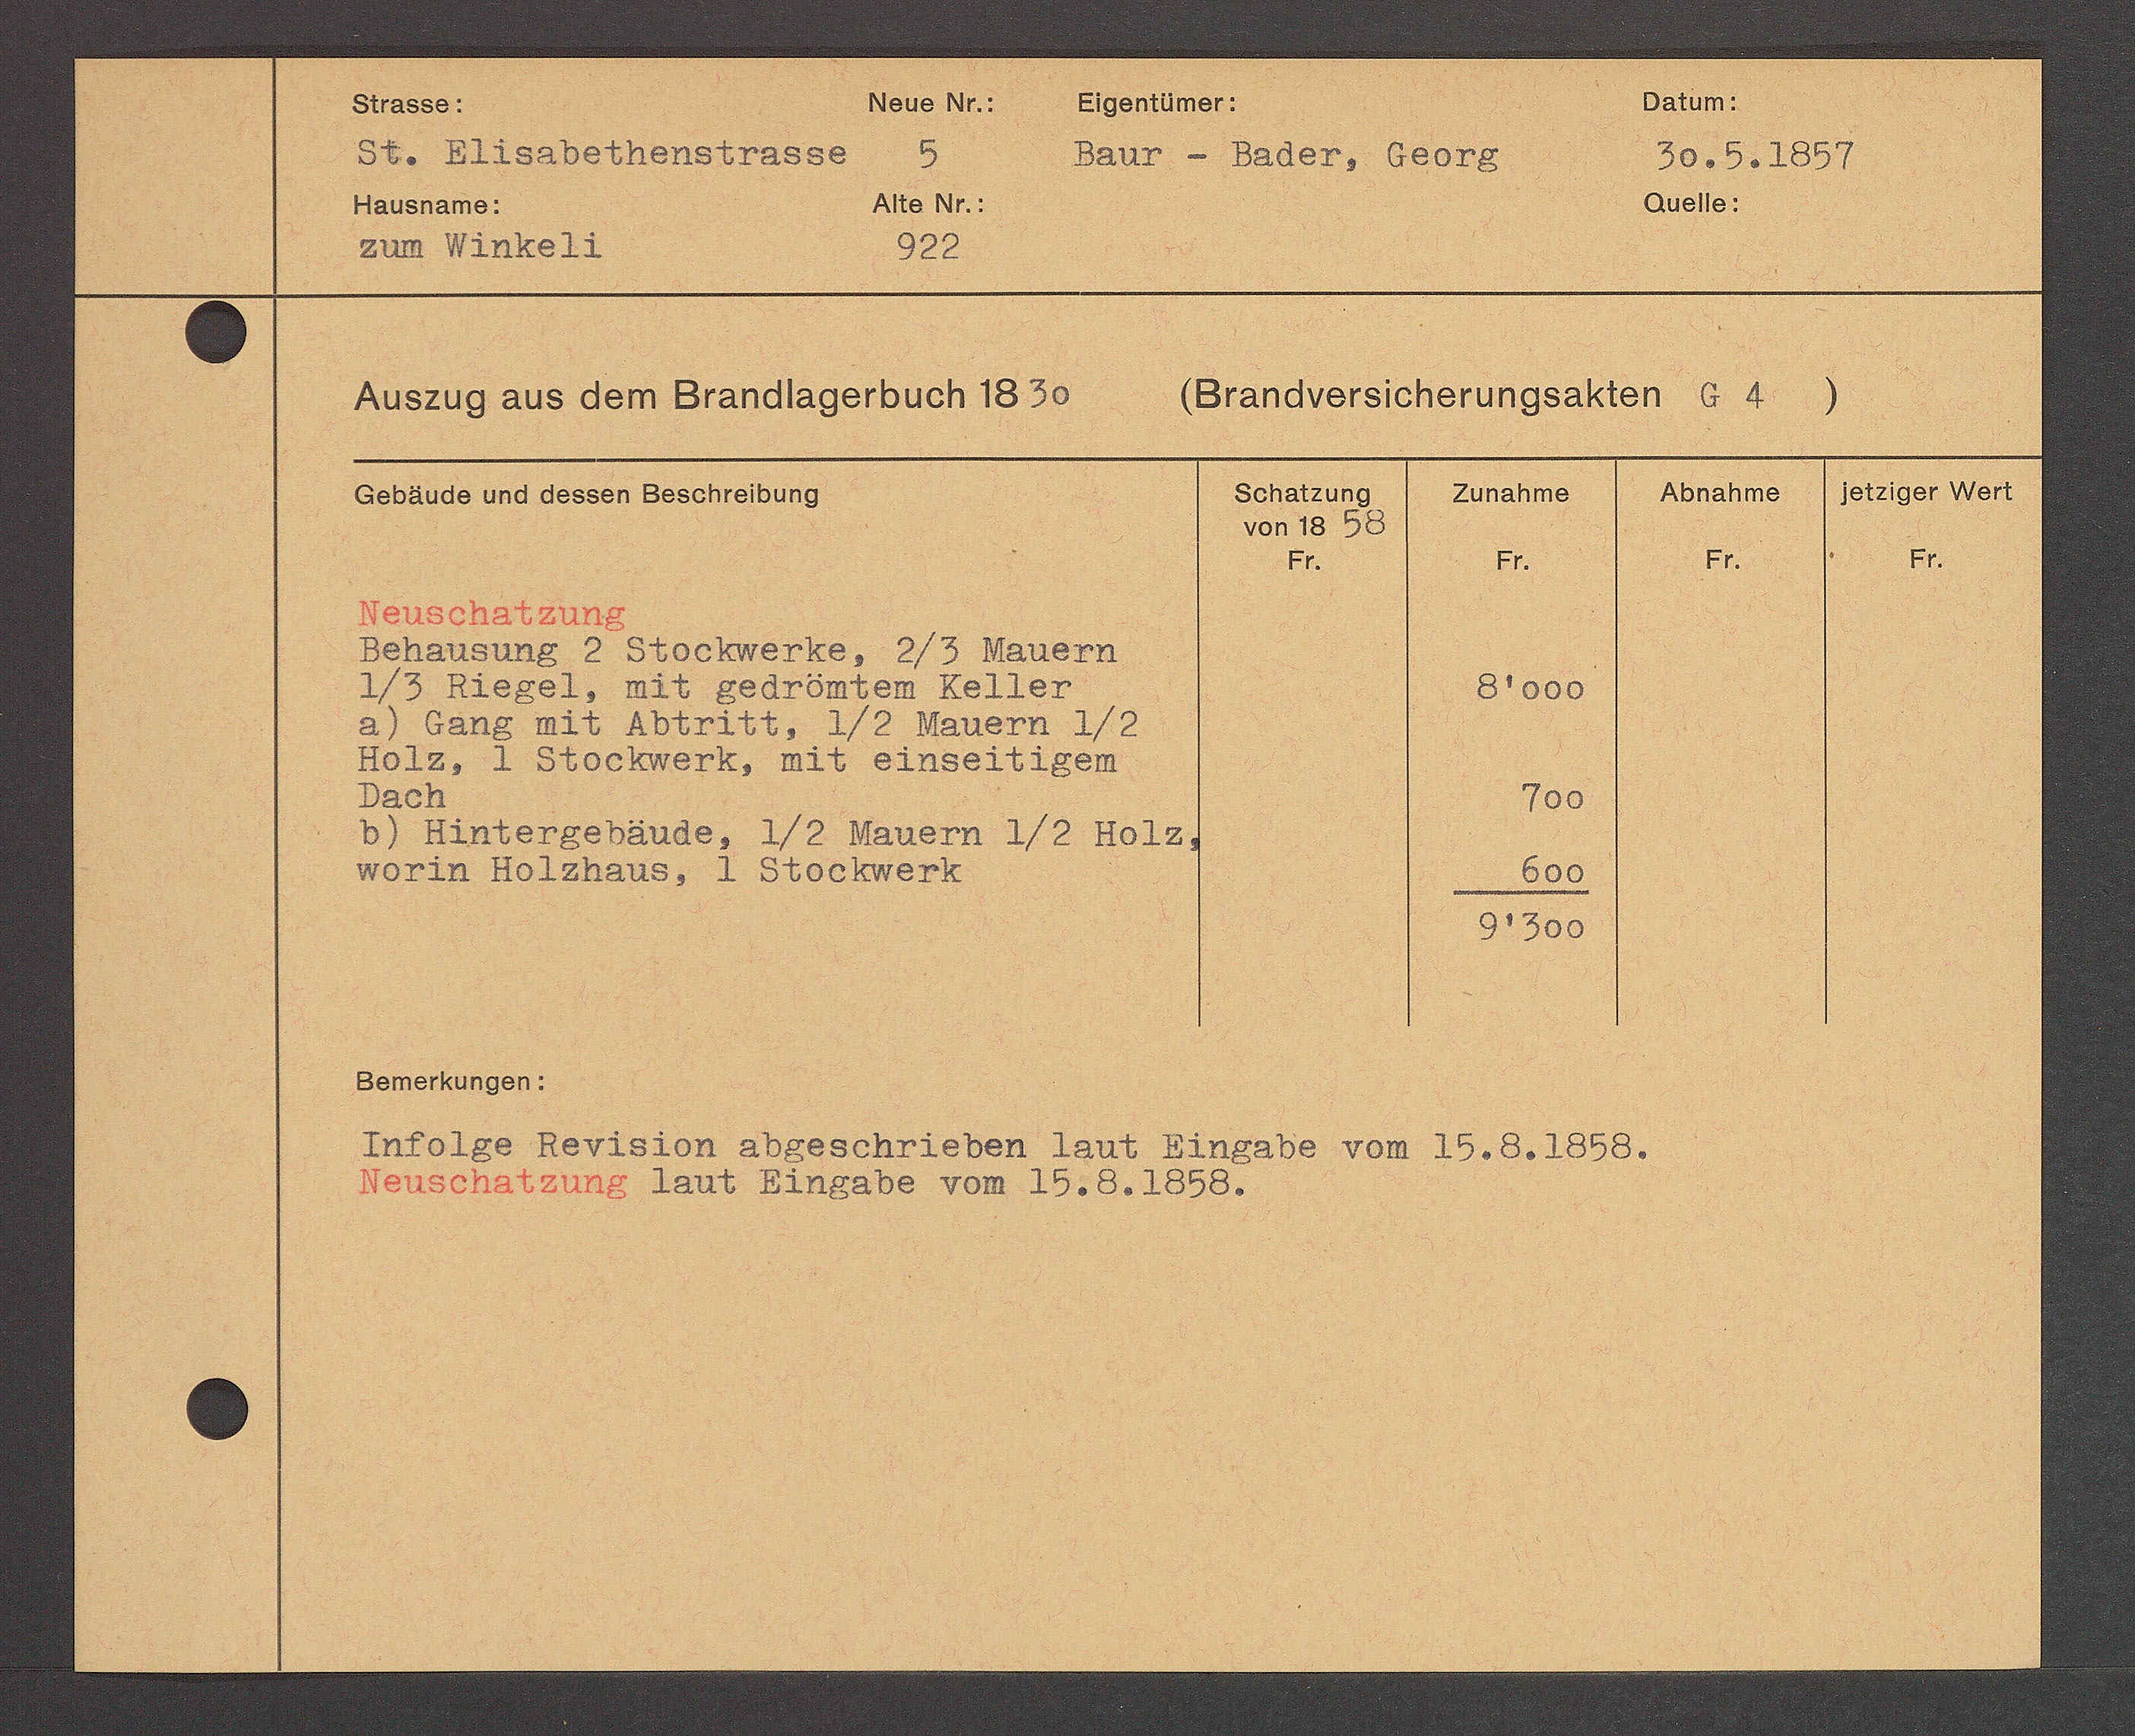
Transcript:
) Hintergebäude, 1/2 Mauern 1/2 Ao12
worin Holzhaus, 1 Stochwerk

600